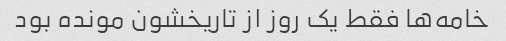
خامه‌ها فقط یک روز از تاریخشون مونده بود